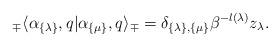
LaTeX: \begin{align*}_\mp \langle \alpha_{\{ \lambda \} }, q | \alpha_{\{ \mu \} }, q \rangle_{\mp} = \delta_{\{ \lambda \},\{ \mu \}} \beta^{-l(\lambda)} z_{\lambda}.\end{align*}